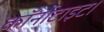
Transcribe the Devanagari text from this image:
कॉर्नोटाइट।